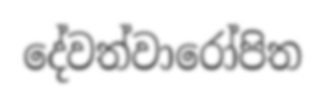
දේවත්වාරෝපිත